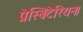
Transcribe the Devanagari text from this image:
प्रेस्बिटेरियन।